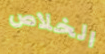
الخلاص